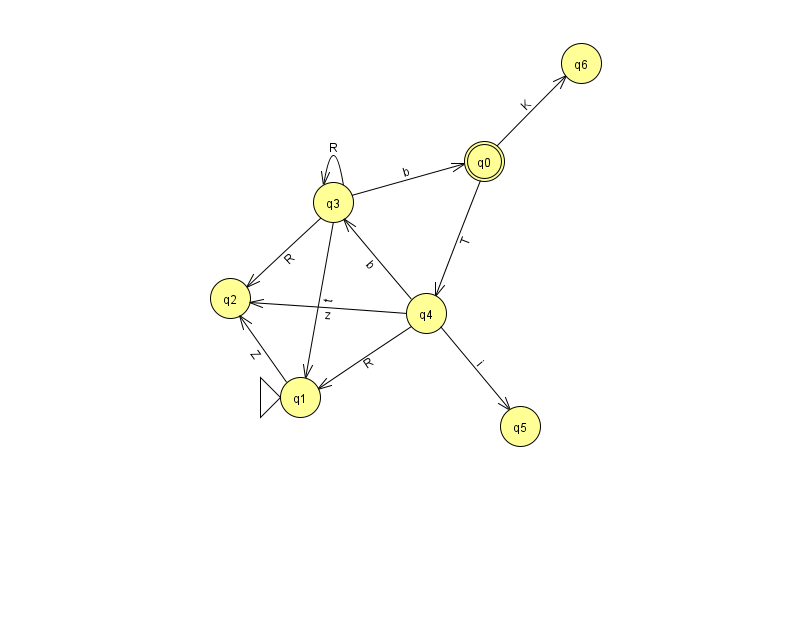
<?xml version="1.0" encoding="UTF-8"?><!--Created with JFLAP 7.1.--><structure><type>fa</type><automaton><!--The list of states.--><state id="0" name="q0"><x>484.0</x><y>148.0</y><final/></state><state id="1" name="q1"><x>300.0</x><y>384.0</y><initial/></state><state id="2" name="q2"><x>230.0</x><y>285.0</y></state><state id="3" name="q3"><x>333.0</x><y>189.0</y></state><state id="4" name="q4"><x>426.0</x><y>300.0</y></state><state id="5" name="q5"><x>520.0</x><y>413.0</y></state><state id="6" name="q6"><x>581.0</x><y>50.0</y></state><!--The list of transitions.--><transition><from>1</from><to>2</to><read>Z</read></transition><transition><from>3</from><to>2</to><read>R</read></transition><transition><from>3</from><to>3</to><read>R</read></transition><transition><from>4</from><to>2</to><read>z</read></transition><transition><from>3</from><to>0</to><read>b</read></transition><transition><from>4</from><to>1</to><read>R</read></transition><transition><from>4</from><to>5</to><read>i</read></transition><transition><from>0</from><to>6</to><read>K</read></transition><transition><from>3</from><to>1</to><read>t</read></transition><transition><from>0</from><to>4</to><read>T</read></transition><transition><from>4</from><to>3</to><read>b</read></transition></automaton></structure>